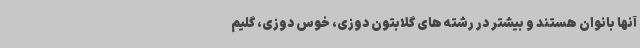
آنها بانوان هستند و بیشتر در رشته های گلابتون دوزی، خوس دوزی، گلیم